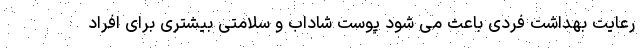
رعایت بهداشت فردی باعث می شود پوست شاداب و سلامتی بیشتری برای افراد